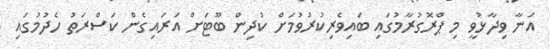
އަނާ ވިދާޅުވީ މި ޕްރޮގުރާމުގައި ބައިވެރިކުރުވުމަށް ކުދިން ބޫޓަށް އަރައިގެން ކަސްރަތު ހެދުމުގައި